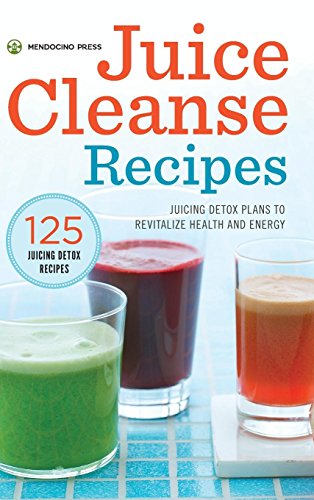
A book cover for Juice Cleanse Recipes: Juicing Detox Plans to Revitalize Health and Energy; Mendocino Press; Cookbooks, Food & Wine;